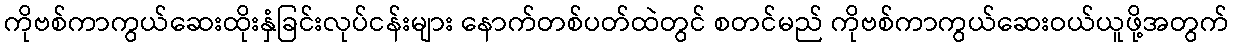
ကိုဗစ်ကာကွယ်ဆေးထိုးနှံခြင်းလုပ်ငန်းများ နောက်တစ်ပတ်ထဲတွင် စတင်မည် ကိုဗစ်ကာကွယ်ဆေးဝယ်ယူဖို့အတွက်